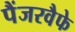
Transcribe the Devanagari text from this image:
पैंजरवैफे